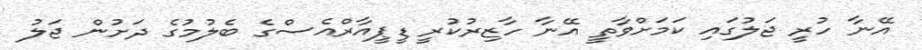
އޭނާ ހުރީ ޖަލުގައި ކަމަށްވާތީ އޭނާ ހާޒިރުކުރީ ޑީޕީއާރްއެސްގެ ބެލުމުގެ ދަށުން ޖަލު